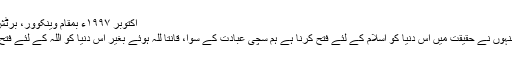
اکتوبر ١٩٩٧ء بمقام وینکوور، برٹش کولمبیا، کینیڈا
یہ نمازیں ہیں جنہوں نے حقیقت میں اس دنیا کو اسلام کے لئے فتح کرنا ہے ہم سچی عبادت کے سوا، قَانِتاً للہ ہوئے بغیر اس دنیا کو اللہ کے لئے فتح نہیں کرسکتے۔